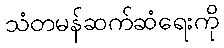
သံတမန်ဆက်ဆံရေးကို